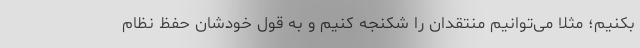
بکنیم؛ مثلا می‌توانیم منتقدان را شکنجه کنیم و به قول خودشان حفظ نظام